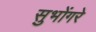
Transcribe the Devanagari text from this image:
सुभोंगरे